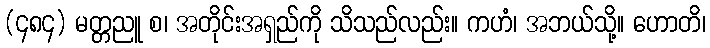
(၄၈၄) မတ္တညူ စ၊ အတိုင်းအရှည်ကို သိသည်လည်း။ ကဟံ၊ အဘယ်သို့။ ဟောတိ၊